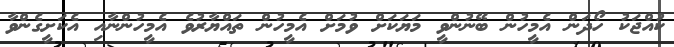
ކުއްޖަކު ހޯދަން އެމީހުން ބޭނުންވީ މަޔަކަށް ވުމަށް އެމީހުން ތައްޔާރުވެ އެމީހުންނާއި އެކަށީގެންވާ